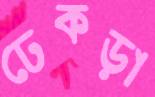
ঢেকড়া